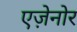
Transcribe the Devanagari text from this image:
एज़ेनोर